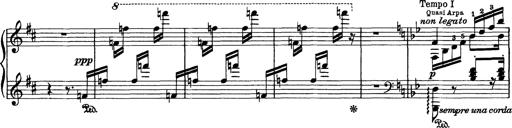
Title: Aus Lohengrin
Composer: Franz Liszt